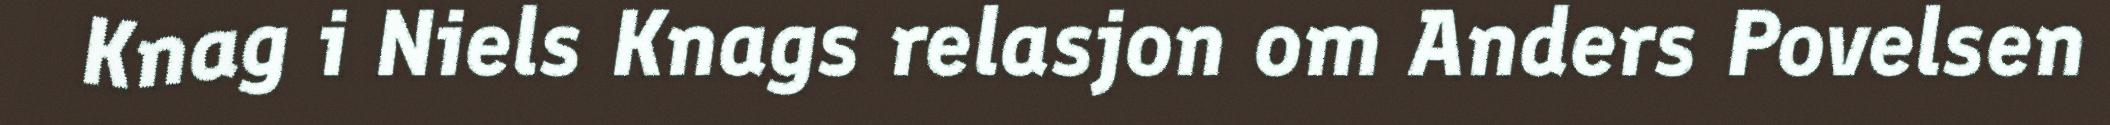
Knag i Niels Knags relasjon om Anders Povelsen